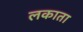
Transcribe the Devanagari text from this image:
लकाता